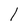
Character: l